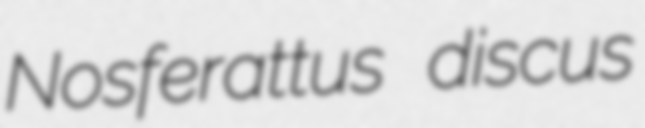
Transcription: Nosferattus discus